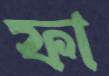
ফা